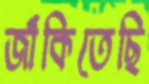
জাঁকিতেছি